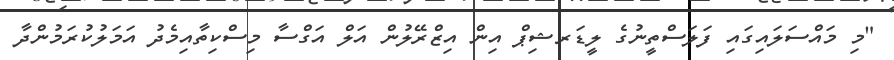
"މި މައްސަލައިގައި ފަލަސްތީނުގެ ލީޑަރޝިޕް އިން އިޒްރޭލުން އަލް އަގްސާ މިސްކިތާއިމެދު އަމަލުކުރަމުންދާ